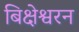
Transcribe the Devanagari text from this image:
बिक्षेश्वरन